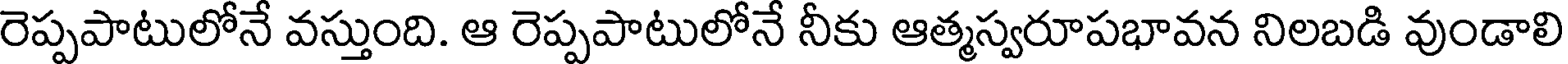
రెప్పపాటులోనే వస్తుంది. ఆ రెప్పపాటులోనే నీకు ఆత్మస్వరూపభావన నిలబడి వుండాలి